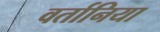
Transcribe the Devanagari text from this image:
वर्तानिया